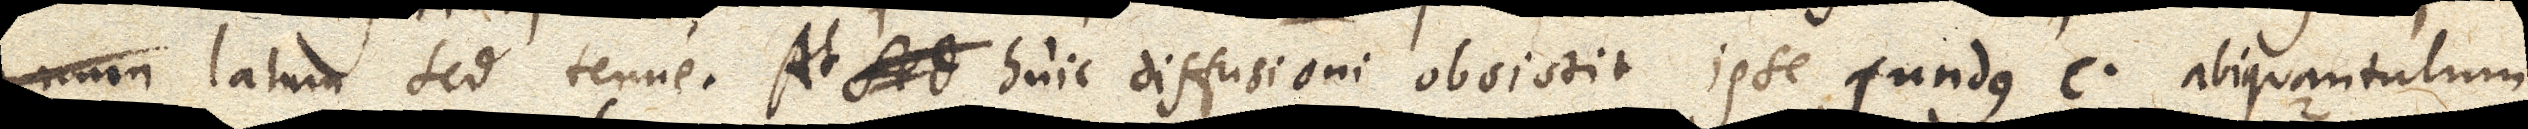
gnum latum sed tenue. At Sed huic diffusioni obsistit ipse fundus c aliquantulum